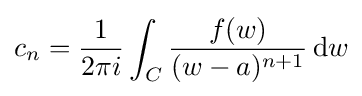
c_{n}={1 \over 2\pi i}\int _{C}{f(w) \over (w-a)^{n+1}}\,\mathrm {d} w